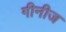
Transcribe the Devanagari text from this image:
गीनीज